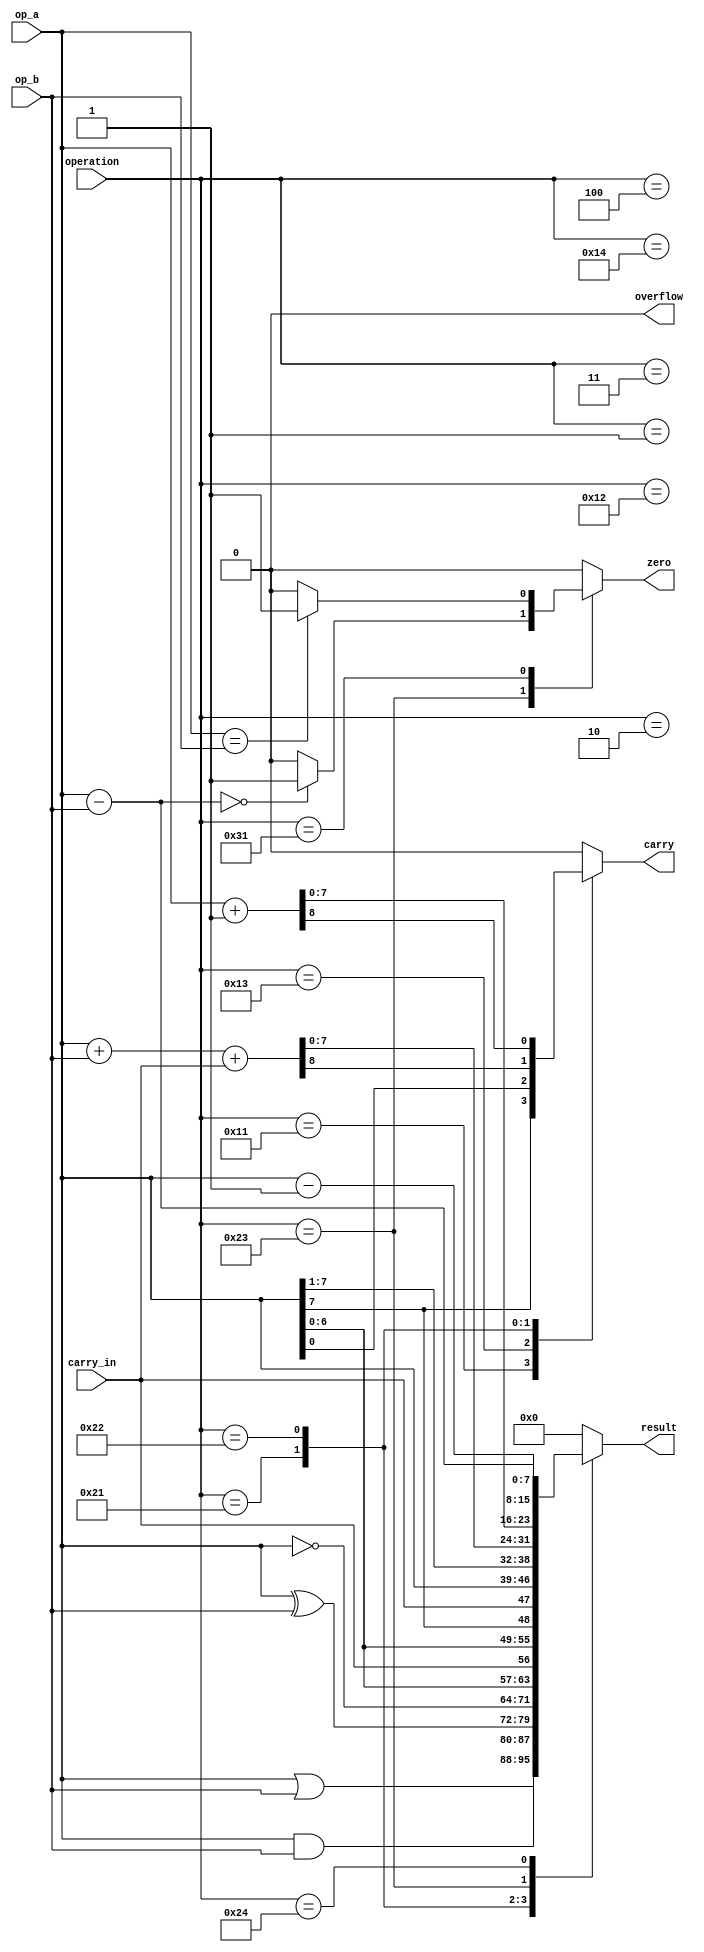
module m6502_alu(
                 input wire  [7 : 0] operation,
                 input wire  [7 : 0] op_a,
                 input wire  [7 : 0] op_b,
                 input wire          carry_in,
                 output wire [7 : 0] result,
                 output wire         carry,
                 output wire         zero,
                 output wire         overflow
                );

  //----------------------------------------------------------------
  // Defines.
  //----------------------------------------------------------------
  localparam OP_AND = 8'h01;
  localparam OP_OR  = 8'h02;
  localparam OP_XOR = 8'h03;
  localparam OP_NOT = 8'h04;

  localparam OP_ASL = 8'h11;
  localparam OP_ROL = 8'h12;
  localparam OP_ASR = 8'h13;
  localparam OP_ROR = 8'h14;

  localparam OP_ADD = 8'h21;
  localparam OP_INC = 8'h22;
  localparam OP_SUB = 8'h23;
  localparam OP_DEC = 8'h24;

  localparam OP_CMP = 8'h31;


  //----------------------------------------------------------------
  // Wires.
  //----------------------------------------------------------------
  reg [7 : 0] tmp_result;
  reg         tmp_carry;
  reg         tmp_zero;
  reg         tmp_overflow;


  //----------------------------------------------------------------
  // Concurrent connectivity for ports etc.
  //----------------------------------------------------------------
  assign result   = tmp_result;
  assign carry    = tmp_carry;
  assign zero     = tmp_zero;
  assign overflow = tmp_overflow;


  //----------------------------------------------------------------
  // alu
  //
  // The actual logic to implement the ALU functions.
  //----------------------------------------------------------------
  always @*
    begin : alu
      reg [8 : 0] tmp_add;

      tmp_result   = 8'h0;
      tmp_carry    = 0;
      tmp_zero     = 0;
      tmp_overflow = 0;

      case (operation)
        OP_AND:
          begin
            tmp_result = op_a & op_b;
          end

        OP_OR:
          begin
            tmp_result = op_a | op_b;
          end

        OP_XOR:
          begin
            tmp_result = op_a ^ op_b;
          end

        OP_NOT:
          begin
            tmp_result = ~op_a;
          end

        OP_ASL:
          begin
            tmp_result = {op_a[6 : 0], carry_in};
            tmp_carry  = op_a[7];
          end

        OP_ROL:
          begin
            tmp_result = {op_a[6 : 0], op_a[7]};
          end

        OP_ASR:
          begin
            tmp_result = {carry_in, op_a[7 : 1]};
            tmp_carry  = op_a[0];
          end

        OP_ROR:
          begin
            tmp_result = {op_a[0], op_a[7 : 1]};
          end

        OP_ADD:
          begin
            tmp_add = op_a + op_b + carry_in;
            tmp_result = tmp_add[7 : 0];
            tmp_carry  = tmp_add[8];
          end

        OP_INC:
          begin
            tmp_add = op_a + 1'b1;
            tmp_result = tmp_add[7 : 0];
            tmp_carry  = tmp_add[8];
          end

        OP_SUB:
          begin
            tmp_result = op_a - op_b;
            if (tmp_result == 8'h00)
              tmp_zero = 1;
          end

        OP_DEC:
          begin
            tmp_result = op_a - 1'b1;
          end

        OP_CMP:
          begin
            if (op_a == op_b)
              tmp_zero = 1;
          end

        default:
          begin
          end
      endcase // case (operation)
    end // alu

endmodule